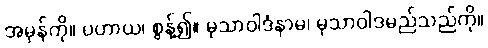
အမှန်ကို။ ပဟာယ၊ စွန့်၍။ မုသာဝါဒံနာမ၊ မုသာဝါဒမည်သည်ကို။